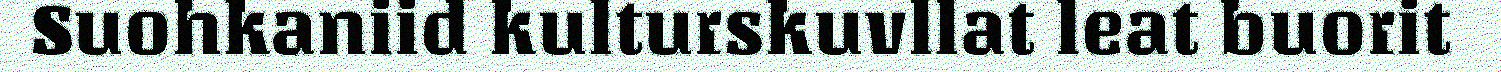
Suohkaniid kulturskuvllat leat buorit